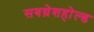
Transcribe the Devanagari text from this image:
सबथ्रेशहोल्ड